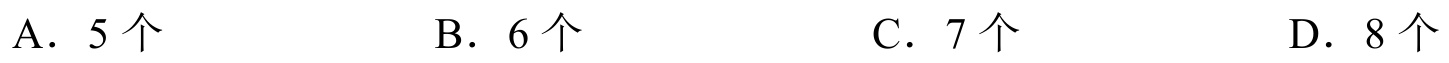
A．\(5\)个  B．\(6\)个  C．\(7\)个  D．\(8\)个